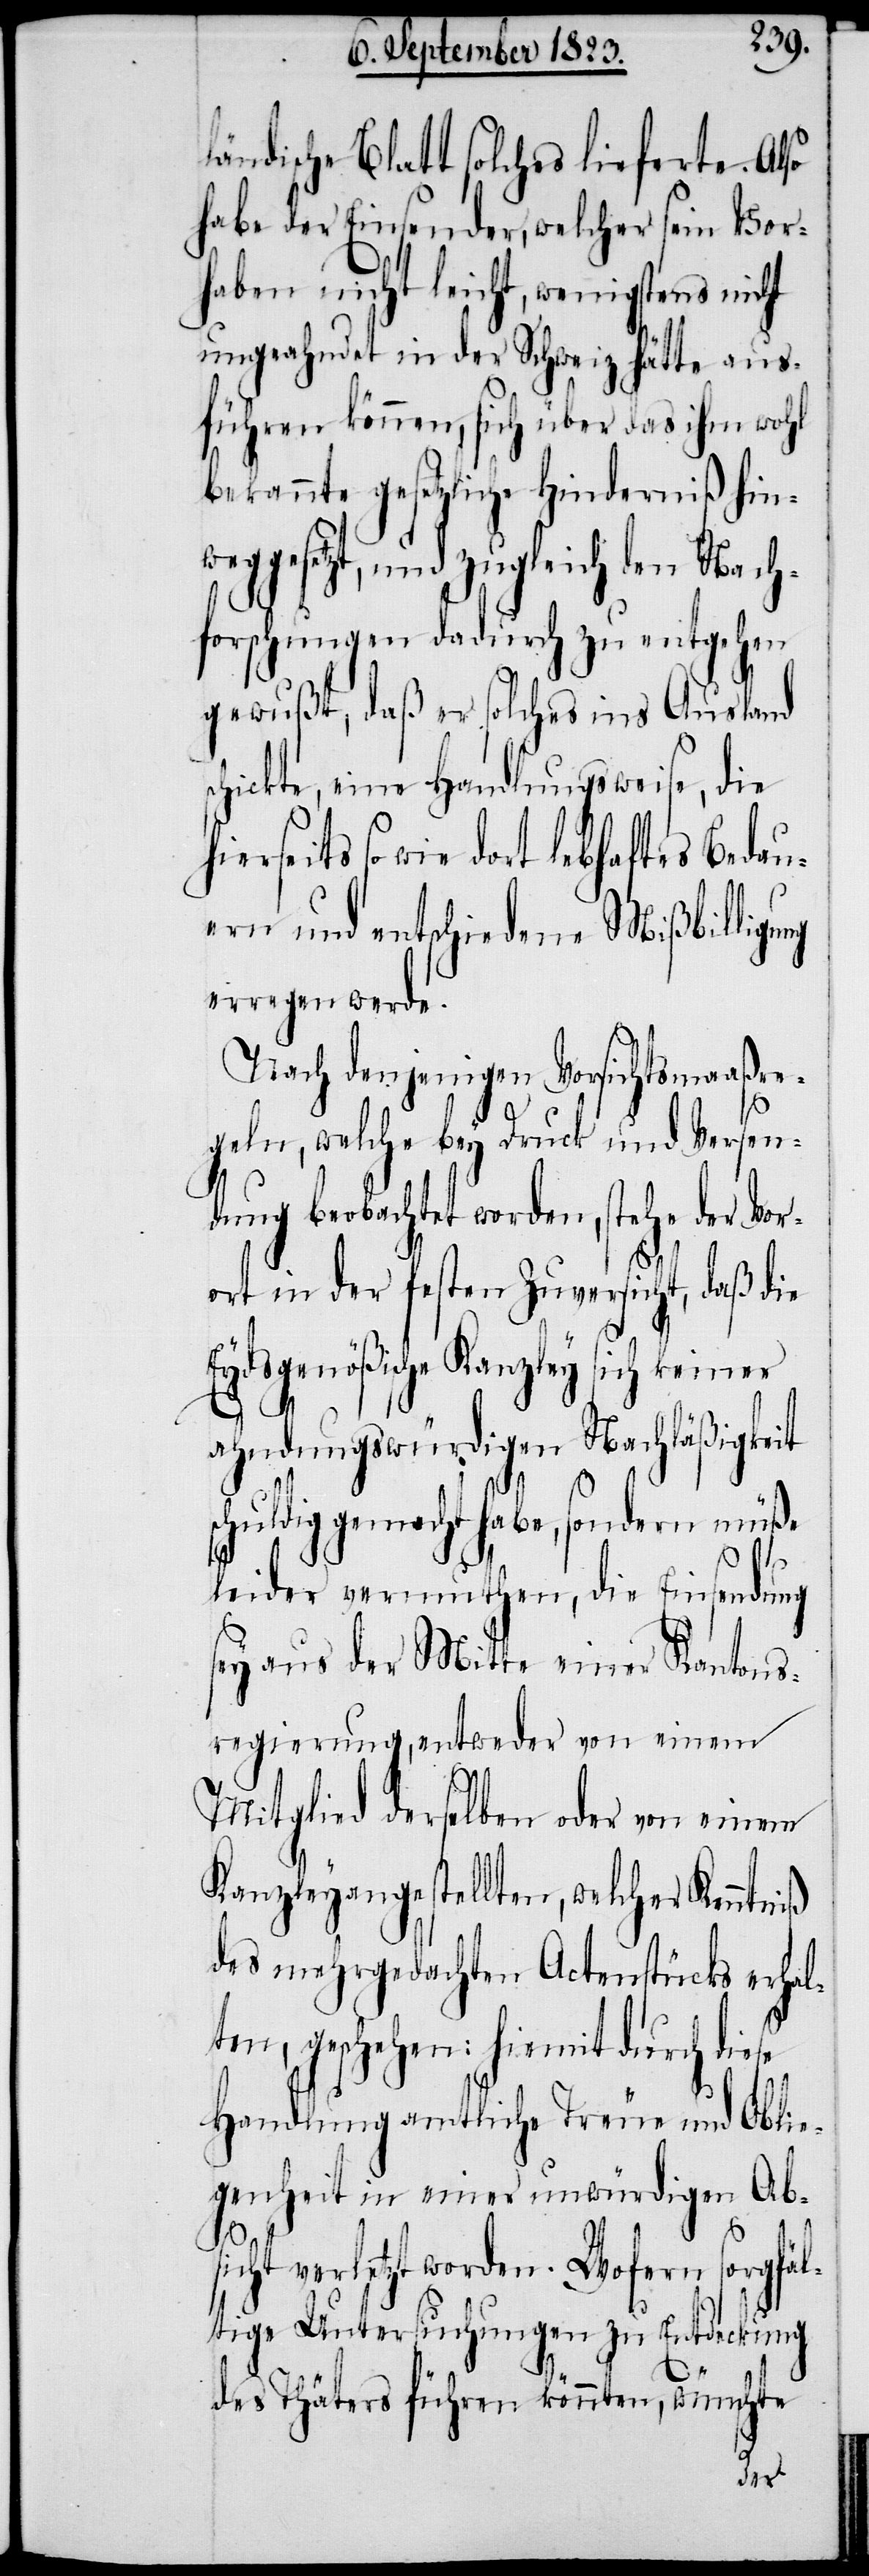
ändische Blatt solches lieferte. Also
habe der Einsender, welcher sein Vor¬
haben nicht leicht, wenigstens nicht
ungeahndet in der Schweiz hätte aus¬
führen können, sich über das ihm wohl
bekannte gesetzliche Hinderniß hinw¬
eggesetzt, und zugleich den Nach¬
forschungen dadurch zu entgehen
gewußt, daß er solches ins Ausland
chickte, eine Handlungsweise, die
seits so wie dort lebhaftes Bedau¬
ern und entschiedene Mißbilligung
erregen werde.
Nach denjenigen Vorsichtsmaaßre¬
geln, welche bey Druck und Versen¬
dung beobachtet worden, stehe der Vor¬
ort in der festen Zuversicht, daß die
Eydsgenößische Kanzley sich keiner
ahndungswürdigen Nachläßigkeit
schuldig gemacht habe, sondern müße
se
leider vermuthen, die Einsendung
sey aus der Mitte einer Kantons¬
regierung, entweder von einem
Mitglied derselben oder von einem
Kanzleyangestellten, welcher Kenntn¬
des mehrgedachten Actenstücks erhal¬
ten, geschehen: hiemit durch die¬
Handlung amtliche Treue und Oblie¬
genheit in einer unwürdigen Ab¬
sicht verletzt worden. Wofern sorgfäl¬
tige Untersuchungen zu Entdeckung
des Thäters führen könnten, wünschte
hier¬